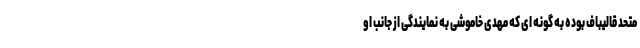
متحد قالیباف بوده به گونه ای که مهدی خاموشی به نمایندگی از جانب او